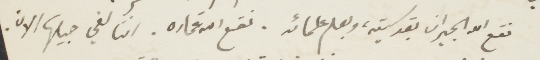
نقع الله الجيران بقدسيته، وبعلم علمائه. نقع الله غماره. اننا لفي جيلها الان